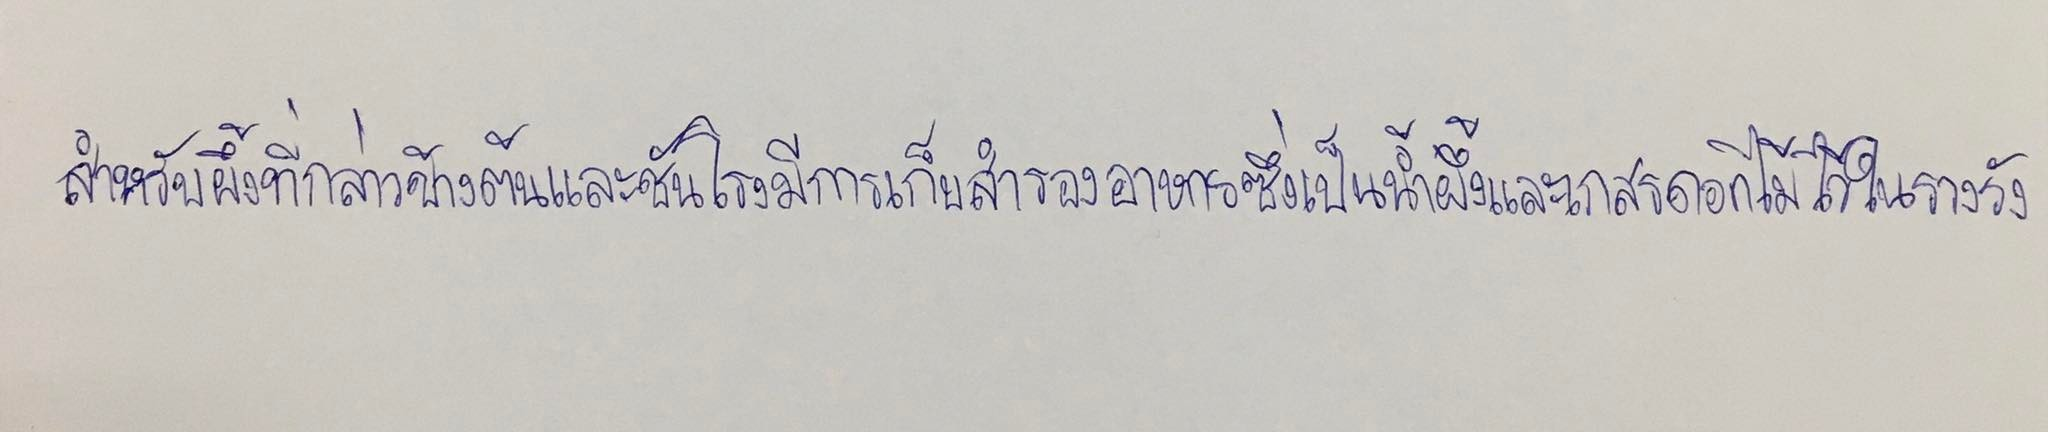
สำหรับผึ้งที่กล่าวข้างต้นและชันโรงมีการเก็บสำรองอาหารซึ่งเป็นน้ำผึ้งและเกสรดอกไม้ไว้ในรวงรัง